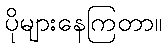
ပိုများနေကြတာ။